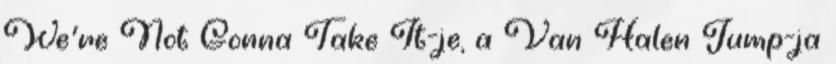
We’re Not Gonna Take It-je, a Van Halen Jump-ja